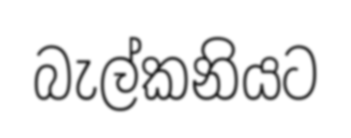
බැල්කනියට